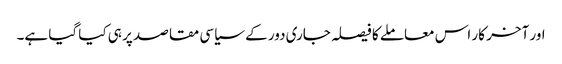
اور آخر کار اس معاملے کا فیصلہ جاری دور کے سیاسی مقاصد پر ہی کیا گیا ہے۔